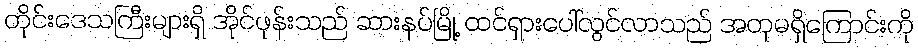
တိုင်းဒေသကြီးများရှိ အိုင်ဖုန်းသည် ဆားနပ်မြို့ ထင်ရှားပေါ်လွင်လာသည် အတုမရှိကြောင်းကို